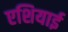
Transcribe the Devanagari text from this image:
एशियाई